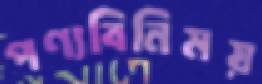
পণ্যবিনিময়